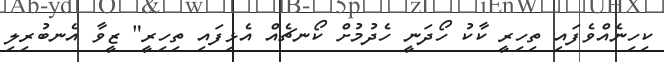
ކިހިނެއްވެފައި ތިހިރީ ކާކު ހޯދަނީ ހެދުމުށް ކޯނޗެއް އެޅިފައި ތިހިރީ" ޒީވާ އެނބުރިލި